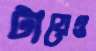
টায়েও